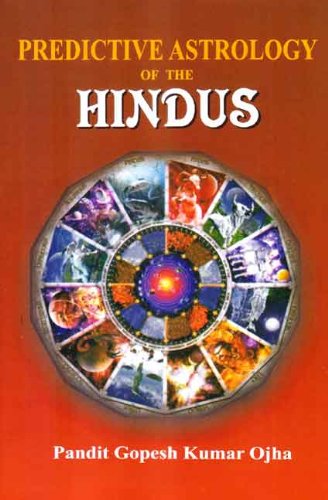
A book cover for Predictive Astrology of the Hindus; Pandit Gopesh Kumar Ojha; Religion & Spirituality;